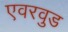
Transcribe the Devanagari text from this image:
एवरवुड